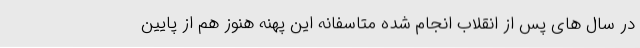
در سال های پس از انقلاب انجام شده متاسفانه این پهنه هنوز هم از پایین